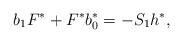
LaTeX: \begin{align*}b_1F^*+F^*b^*_0=-S_1h^*,\end{align*}